Rangoon Lunatic Asylum 1878-1892 - 1878-1892
Year: 1878
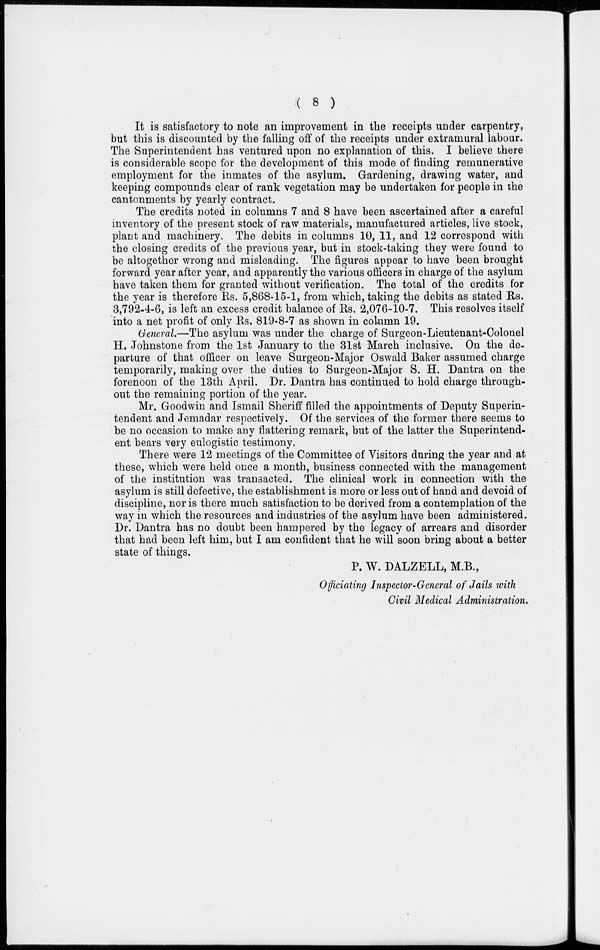
( 8 )
It is satisfactory to note an improvement in the receipts under carpentry,
but this is discounted by the falling off of the receipts under extramural labour.
The Superintendent has ventured upon no explanation of this. I believe there
is considerable scope for the development of this mode of finding remunerative
employment for the inmates of the asylum. Gardening, drawing water, and
keeping compounds clear of rank vegetation may be undertaken for people in the
cantonments by yearly contract.
The credits noted in columns 7 and 8 have been ascertained after a careful
inventory of the present stock of raw materials, manufactured articles, live stock,
plant and machinery. The debits in columns 10, 11, and 12 correspond with
the closing credits of the previous year, but in stock-taking they were found to
be altogether wrong and misleading. The figures appear to have been brought
forward year after year, and apparently the various officers in charge of the asylum
have taken them for granted without verification. The total of the credits for
the year is therefore Rs. 5,868-15-1, from which, taking the debits as stated Rs.
3,792-4-6, is left an excess credit balance of Rs. 2,076-10-7. This resolves itself
into a net profit of only Rs. 819-8-7 as shown in column 19.
General.—The asylum was under the charge of Surgeon-Lieutenant-Colonel
H. Johnstone from, the 1st January to the 31st March inclusive. On the de-
parture of that officer on leave Surgeon-Major Oswald Baker assumed charge
temporarily, making over the duties to Surgeon-Major S. H. Dantra on the
forenoon of the 13th April. Dr. Dantra has continued to hold charge through-
out the remaining portion of the year.
Mr. Goodwin and Ismail Sheriff filled the appointments of Deputy Superin-
tendent and Jemadar respectively. Of the services of the former there seems to
be no occasion to make any flattering remark, but of the latter the Superintend-
ent bears very eulogistic testimony.
There were 12 meetings of the Committee of Visitors during the year and at
these, which were held once a month, business connected with the management
of the institution was transacted. The clinical work in connection with the
asylum is still defective, the establishment is more or less out of hand and devoid of
discipline, nor is there much satisfaction to be derived from a contemplation of the
way in which the resources and industries of the asylum have been administered.
Dr. Dantra has no doubt been hampered by the legacy of arrears and disorder
that had been left him, but I am confident that he will soon bring about a better
state of things.
P. W. DALZELL, M.B.,
Officiating Inspector-General of Jails with
Civil Medical Administration.